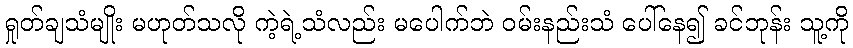
ရှုတ်ချသံမျိုး မဟုတ်သလို ကဲ့ရဲ့သံလည်း မပေါက်ဘဲ ဝမ်းနည်းသံ ပေါ်နေ၍ ခင်ဘုန်း သူ့ကို